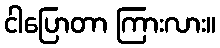
ငါပြောတာ ကြားလား။